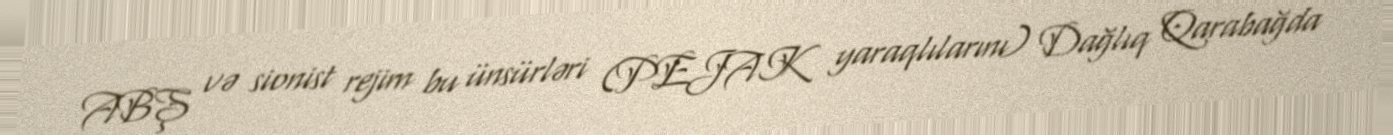
ABŞ və sionist rejim bu ünsürləri (PEJAK yaraqlılarını) Dağlıq Qarabağda